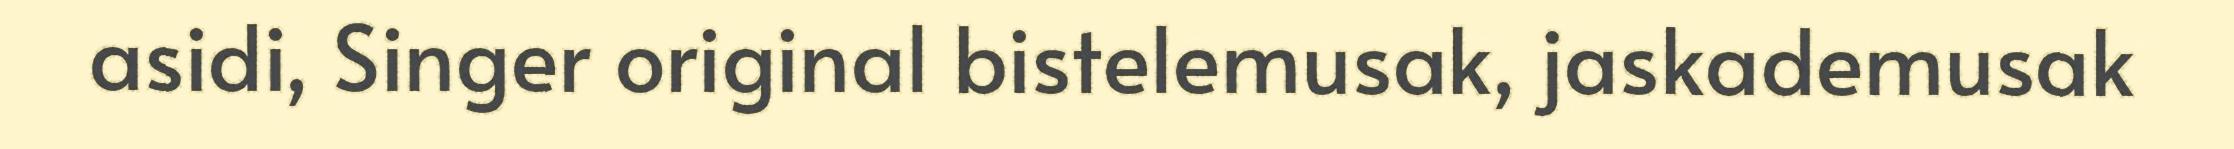
asidi, Singer original bistelemusak, jaskademusak